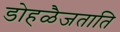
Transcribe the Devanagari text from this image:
डोहळैजताति